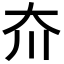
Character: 夼